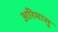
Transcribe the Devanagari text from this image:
अरिमासु